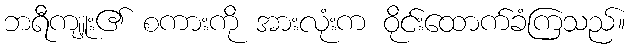
ဘရီကျူး၏ စကားကို အားလုံးက ဝိုင်းထောက်ခံကြသည်။